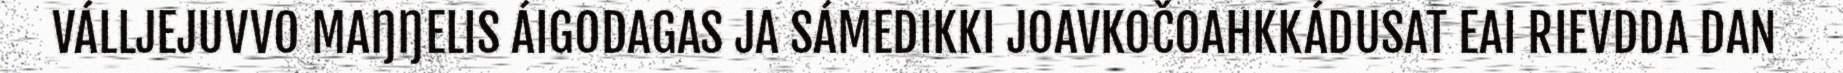
VÁLLJEJUVVO MAŊŊELIS ÁIGODAGAS JA SÁMEDIKKI JOAVKOČOAHKKÁDUSAT EAI RIEVDDA DAN